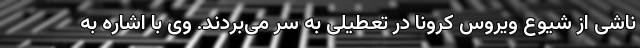
ناشی از شیوع ویروس کرونا در تعطیلی به سر می‌بردند. وی با اشاره به